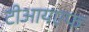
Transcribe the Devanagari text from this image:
टीआयएफ